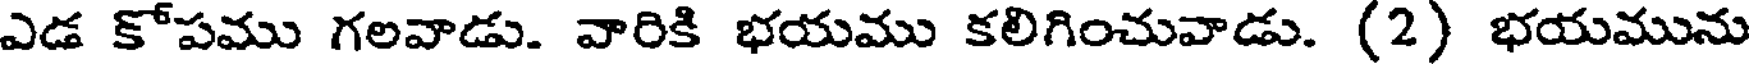
ఎడ కోపము గలవాడు. వారికి భయము కలిగించువాడు. (2) భయమును